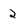
Character: 2